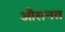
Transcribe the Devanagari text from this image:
औसनत